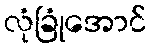
လုံခြုံအောင်